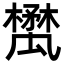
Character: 𣝥